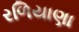
રળિયાણા